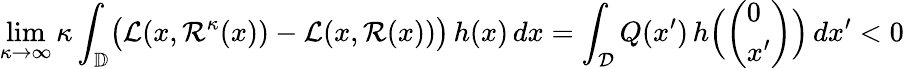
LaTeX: \operatorname*{lim}_{\kappa\to\infty}\kappa\int_{\mathbb D}\bigl(\mathcal L(x,\mathcal R^{\kappa}(x))-\mathcal L(x,\mathcal R(x))\bigr)\, h(x)\, dx=\int_{\mathcal D}Q(x^{\prime})\, h\Bigl(\left(\begin{array}{l}{0}\\ {x^{\prime}}\end{array}\right)\Bigr)\, dx^{\prime}<0